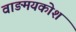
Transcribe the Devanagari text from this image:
वाङमयकोश